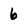
Character: 6